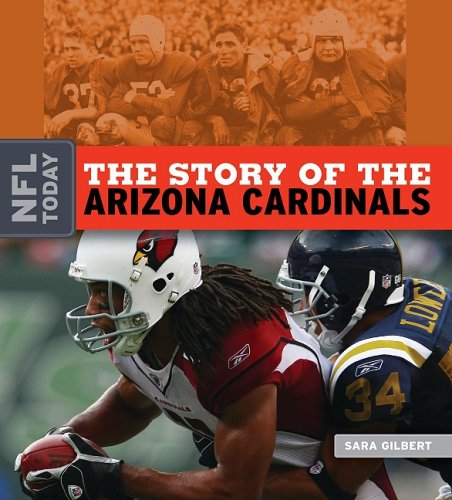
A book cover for The Story of the Arizona Cardinals (NFL Today); Sara Gilbert; Teen & Young Adult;